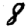
Digit: 8